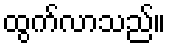
ထွက်လာသည်။